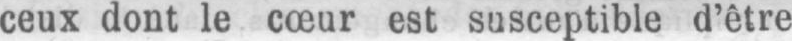
ceux dont le cœur est susceptible d’être